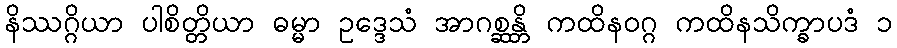
နိဿဂ္ဂိယာ ပါစိတ္တိယာ ဓမ္မာ ဥဒ္ဒေသံ အာဂစ္ဆန္တိ ကထိနဝဂ္ဂ ကထိနသိက္ခာပဒံ ၁